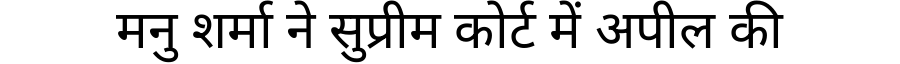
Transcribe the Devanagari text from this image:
मनु शर्मा ने सुप्रीम कोर्ट में अपील की